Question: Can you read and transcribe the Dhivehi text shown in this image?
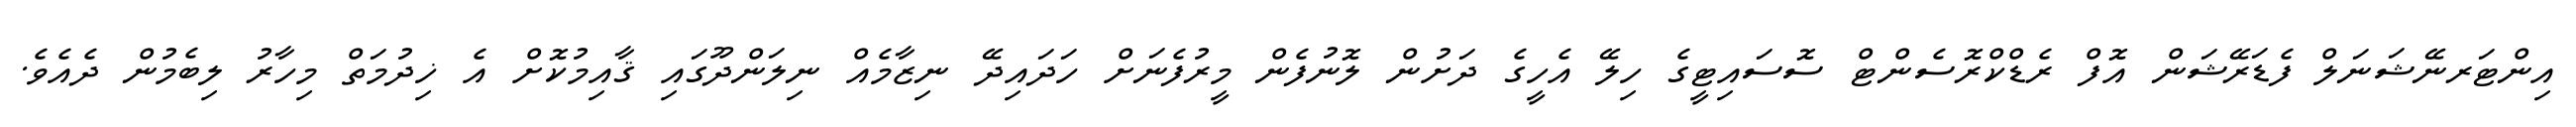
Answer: އިންޓަރނޭޝަނަލް ފެޑަރޭޝަން އޮފް ރެޑްކްރޮސެންޓް ސޮސައިޓީގެ ހިލޭ އެހީގެ ދަށުން ލޮނުފެން މީރުފެނަށް ހަދައިދޭ ނިޒާމެއް ނިލަންދޫގައި ޤާއިމުކޮށް އެ ޚިދުމަތް މިހާރު ލިބެމުން ދެއެވެ.